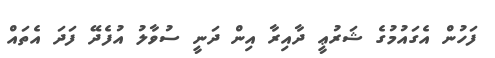
ފަހުން އެގައުމުގެ ޝަރުޢީ ދާއިރާ އިން ދަނީ ސުވާލު އުފެދޭ ފަދަ އެތައް